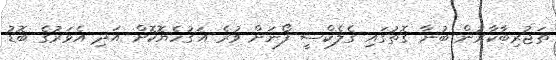
ތަޖުރިބާކާރުން ބުނާ ގޮތުގައި ގެލެކްސީ ފޯނަށް ވުރެ އަގުހެޔޮކޮށް އަދި އެވަރުގެ ބޮޑު